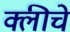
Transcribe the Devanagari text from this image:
क्लीचे